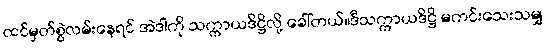
ထင်မှတ်စွဲလမ်းနေရင် အဲဒါကို သက္ကာယဒိဋ္ဌိလို့ ခေါ်တယ်။ဒီသက္ကာယဒိဋ္ဌိ မကင်းသေးသမျှ